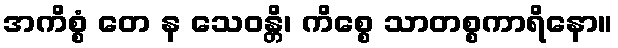
အကိစ္စံ တေ န သေဝန္တိ၊ ကိစ္စေ သာတစ္စကာရိနော။